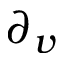
\partial _ { v }